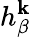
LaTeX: h_{\beta}^{\mathbf{k}}